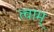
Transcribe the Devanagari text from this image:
त्वाम्